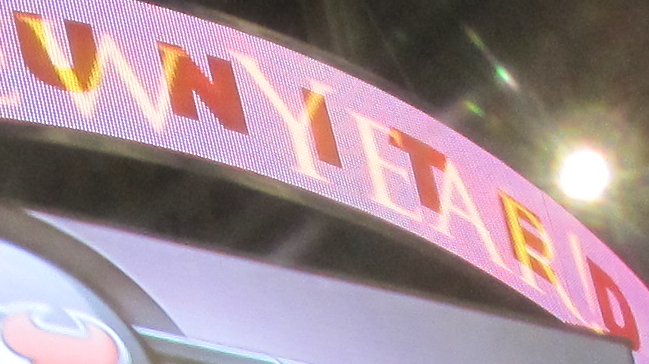
UNITED